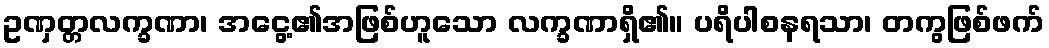
ဥဏှတ္တလက္ခဏာ၊ အငွေ့၏အဖြစ်ဟူသော လက္ခဏာရှိ၏။ ပရိပါစနရသာ၊ တကွဖြစ်ဖက်